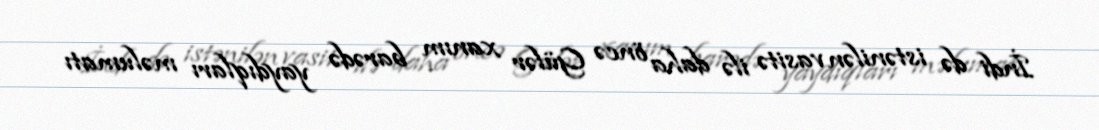
İndi də istənilən vasitə ilə daha öncə Gülər xanım barədə yaydıqları məlumatı